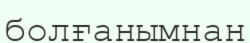
болғанымнан